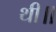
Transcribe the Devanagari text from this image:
थी॥